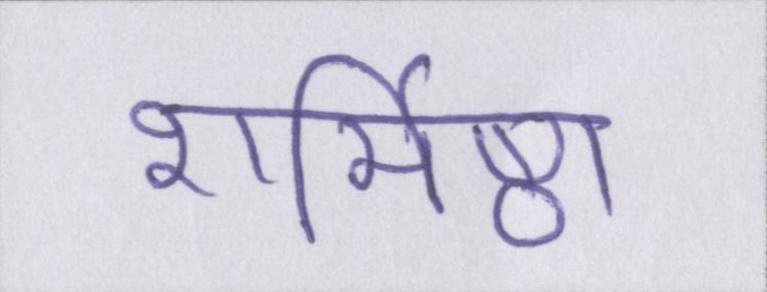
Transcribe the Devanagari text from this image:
शर्मिष्ठा